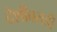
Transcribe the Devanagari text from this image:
देशीवराडी